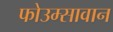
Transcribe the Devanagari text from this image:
फोउम्सावान